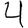
Digit: 4